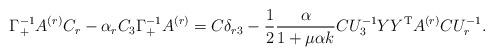
LaTeX: \begin{align*}\Gamma_+^{-1} A^{(r)} C_r - \alpha_r C_3 \Gamma_+^{-1} A^{(r)} =C \delta_{r3}- \frac{1}{2} \frac{\alpha}{1+\mu \alpha k}C U_3^{-1} Y Y^{\rm T} A^{(r)} C U_r^{-1}.\end{align*}